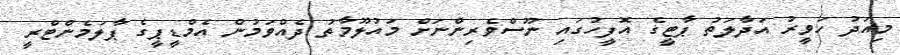
މިއަދު ހަވީރު އަދާލަތު ޕާޓީގެ އޮފީހުގައި ނޫސްވެރިންނަށް މައުލޫމާތު ދެއްވަމުން އެމްޑީޕީގެ ޕާލަމެންޓްރީ